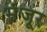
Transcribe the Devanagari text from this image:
मंंजूर